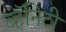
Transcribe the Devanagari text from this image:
व्हॅनिटी